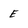
Character: e